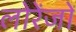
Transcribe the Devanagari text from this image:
लोरेंजों